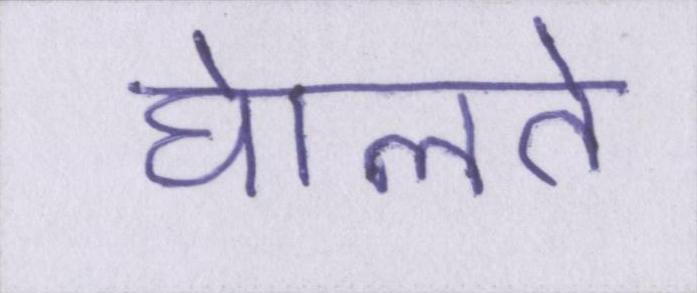
घेालते